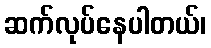
ဆက်လုပ်နေပါတယ်၊